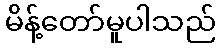
မိန့်တော်မူပါသည်